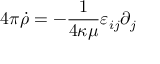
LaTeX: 4 \pi \dot { \rho } = - { \frac { 1 } { 4 \kappa \mu } } \varepsilon _ { i j } \partial _ { j }